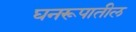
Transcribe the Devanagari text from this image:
घनरूपातील